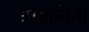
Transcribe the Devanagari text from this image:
गियानिनी